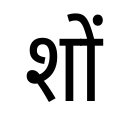
OCR:
शों